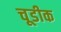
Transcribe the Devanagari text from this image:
चूडीक